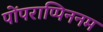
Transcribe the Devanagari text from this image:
पोंपराप्पिननम